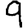
Digit: 9